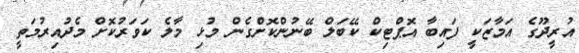
އުރީދޫގެ އަމާޒަކީ ފައިބާ އޮޕްޓިކް ކޭބަލް ބޭނުންކޮށްގެން މުޅި މާލެ ކަވަރުކޮށް މެދުއިރުމަތީ